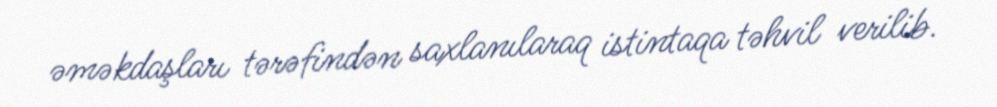
əməkdaşları tərəfindən saxlanılaraq istintaqa təhvil verilib.